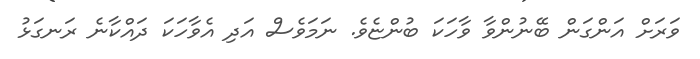
ވަރަށް އަންގަން ބޭނުންވާ ވާހަކަ ބުންޏެވެ. ނަމަވެސް އަދި އެވާހަކަ ދައްކާނެ ރަނގަޅު